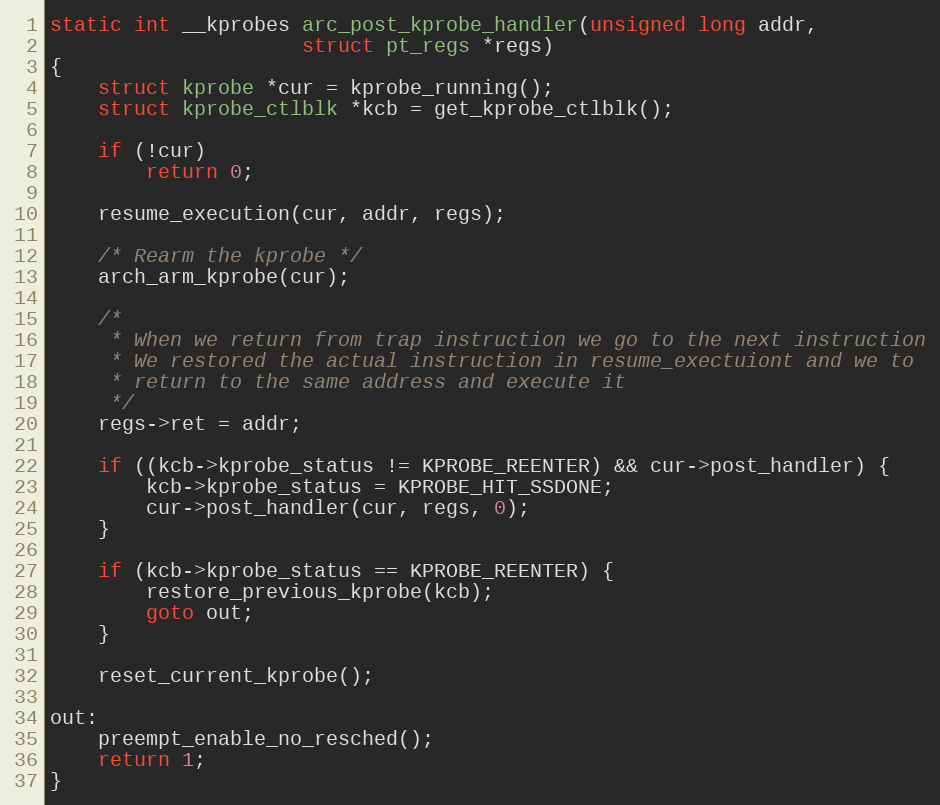
Language: C
static int __kprobes arc_post_kprobe_handler(unsigned long addr,
					 struct pt_regs *regs)
{
	struct kprobe *cur = kprobe_running();
	struct kprobe_ctlblk *kcb = get_kprobe_ctlblk();

	if (!cur)
		return 0;

	resume_execution(cur, addr, regs);

	/* Rearm the kprobe */
	arch_arm_kprobe(cur);

	/*
	 * When we return from trap instruction we go to the next instruction
	 * We restored the actual instruction in resume_exectuiont and we to
	 * return to the same address and execute it
	 */
	regs->ret = addr;

	if ((kcb->kprobe_status != KPROBE_REENTER) && cur->post_handler) {
		kcb->kprobe_status = KPROBE_HIT_SSDONE;
		cur->post_handler(cur, regs, 0);
	}

	if (kcb->kprobe_status == KPROBE_REENTER) {
		restore_previous_kprobe(kcb);
		goto out;
	}

	reset_current_kprobe();

out:
	preempt_enable_no_resched();
	return 1;
}